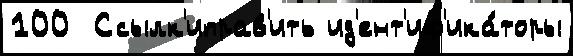
100  Ссылк'иправ'ить ид'ент'иф'ика́торы